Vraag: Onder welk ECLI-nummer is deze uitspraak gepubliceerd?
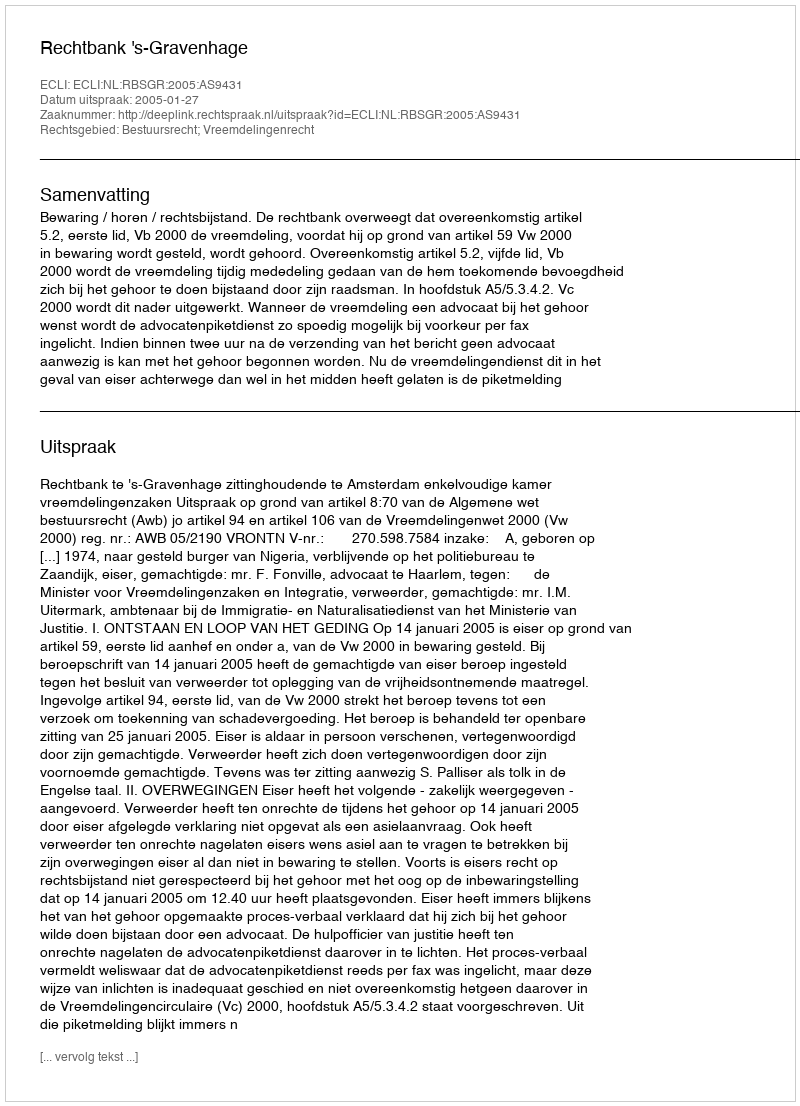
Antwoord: ECLI:NL:RBSGR:2005:AS9431